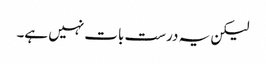
لیکن یہ درست بات نہیں ہے۔